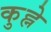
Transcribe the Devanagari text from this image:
कुह्ने